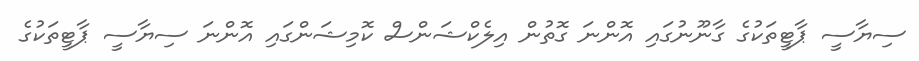
ސިޔާސީ ޕާޓީތަކުގެ ގާނޫނުގައި އޮންނަ ގޮތުން އިލެކްޝަންސް ކޮމިޝަންގައި އޮންނަ ސިޔާސީ ޕާޓީތަކުގެ